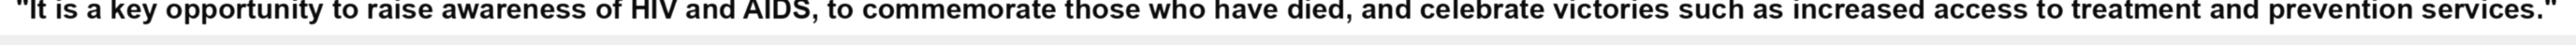
"It is a key opportunity to raise awareness of HIV and AIDS, to commemorate those who have died, and celebrate victories such as increased access to treatment and prevention services."